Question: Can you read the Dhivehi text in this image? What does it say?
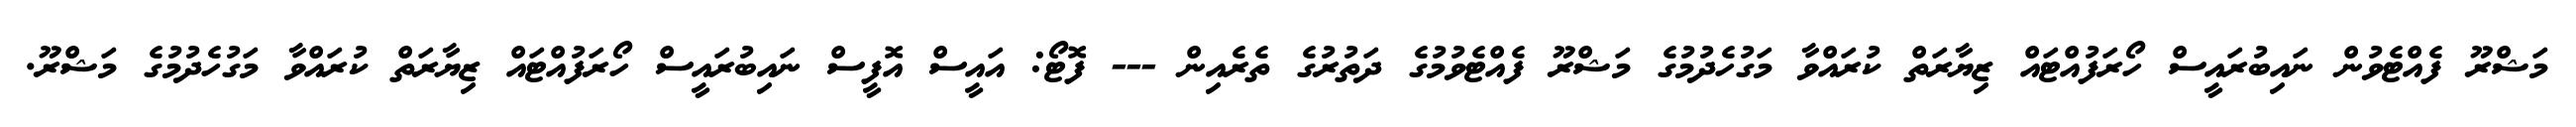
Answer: މަޝްރޫ ފެއްޓެވުން ނައިބުރައީސް ހޯރަފުއްޓައް ޒިޔާރަތް ކުރައްވާ މަގުހެދުމުގެ މަޝްރޫ ފެއްޓެވުމުގެ ދަތުރުގެ ތެރެއިން --- ފޮޓޯ: އައީސް އޮފީސް ނައިބުރައީސް ހޯރަފުއްޓައް ޒިޔާރަތް ކުރައްވާ މަގުހެދުމުގެ މަޝްރޫ.